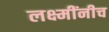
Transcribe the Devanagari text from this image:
लक्ष्मींनीच